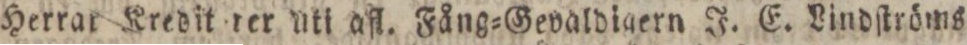
Herrar Kredit der uti afl. Fång=Gevaldigern J. E. Lindſtröms